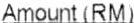
AMOUNT (RM)